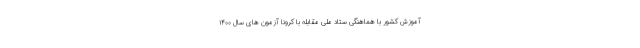
آموزش کشور با هماهنگی ستاد ملی مقابله با کرونا آزمون های سال ۱۴۰۰